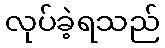
လုပ်ခဲ့ရသည်